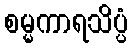
စမ္မကာရသိပ္ပံ